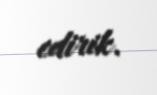
edirik.